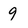
Character: 9